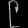
Digit: ၉